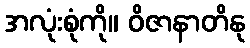
အလုံးစုံကို။ ဝိဇာနာတိနု